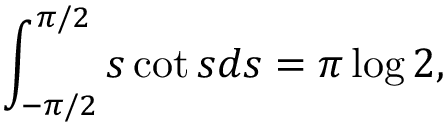
\int _ { - \pi / 2 } ^ { \pi / 2 } s \cot s d s = \pi \log 2 ,